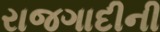
રાજગાદીની